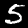
Digit: 5